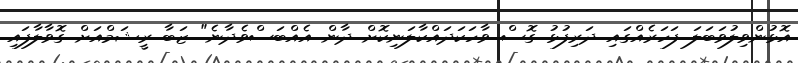
އޮޅުންވިލުވަބަލަ ފަހަރެއްގައި ދަރިފުޅު ގޮސް ވާހަކަދައްކާލަނިކޮށް ދާން އެއްބަސްވެދާނެ" ޒަބާ ރީޝަމްއަށް ގޮވާލާފައި